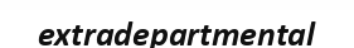
extradepartmental